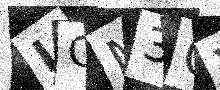
Text: ICM3OX